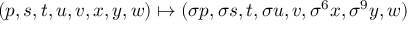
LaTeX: ( p , s , t , u , v , x , y , w ) \mapsto ( \sigma p , \sigma s , t , \sigma u , v , \sigma ^ { 6 } x , \sigma ^ { 9 } y , w )